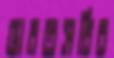
ভারতসচিব